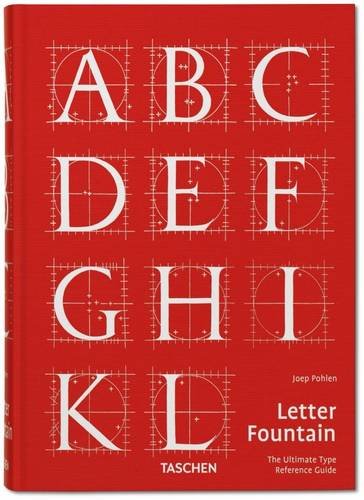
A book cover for Letter Fountain; Joep Pohlen; Arts & Photography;